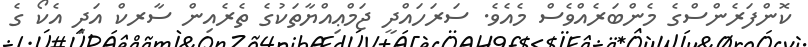
ކޮންފަރެންސްގެ މެންބަރެއްވެސް މެއެވެ. ސަރަހައްދީ ޖަމްޢިއްޔާތަކުގެ ތެރެއިން ސާރކް އަދި އެކޯ ގެ